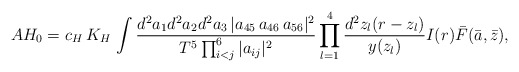
\begin{align*}AH_0 = c_H\, K_H \, \int { d^2 a_1 d^2 a_2 d^2 a_3 \,|a_{45}\,a_{46}\,a_{56}|^2 \over T^5 \prod_{i<j}^6 |a_{ij}|^2 } \prod_{l=1}^4 {d^2 z_l (r-z_l)\over y(z_l) } I(r) \bar{F}(\bar{a}, \bar{z}),\end{align*}